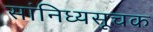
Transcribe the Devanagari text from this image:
सांनिध्यसूचक